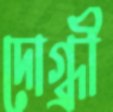
দোগ্ধ্রী